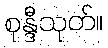
စုန္ဒီသုတ်။